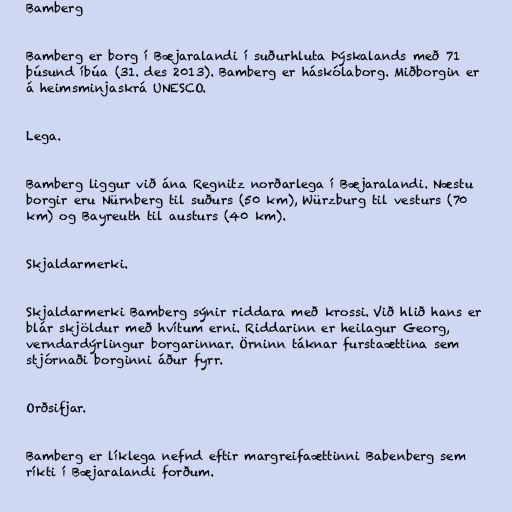
Bamberg

Bamberg er borg í Bæjaralandi í suðurhluta Þýskalands með 71
þúsund íbúa (31. des 2013). Bamberg er háskólaborg. Miðborgin er
á heimsminjaskrá UNESCO.

Lega.

Bamberg liggur við ána Regnitz norðarlega í Bæjaralandi. Næstu
borgir eru Nürnberg til suðurs (50 km), Würzburg til vesturs (70
km) og Bayreuth til austurs (40 km).

Skjaldarmerki.

Skjaldarmerki Bamberg sýnir riddara með krossi. Við hlið hans er
blár skjöldur með hvítum erni. Riddarinn er heilagur Georg,
verndardýrlingur borgarinnar. Örninn táknar furstaættina sem
stjórnaði borginni áður fyrr.

Orðsifjar.

Bamberg er líklega nefnd eftir margreifaættinni Babenberg sem
ríkti í Bæjaralandi forðum.